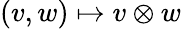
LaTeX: (v,w)\mapsto v\otimes w